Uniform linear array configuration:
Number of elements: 16
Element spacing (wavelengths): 0.25
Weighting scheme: cosine
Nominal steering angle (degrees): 15
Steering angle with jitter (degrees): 15.696
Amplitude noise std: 0.05
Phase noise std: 0.05

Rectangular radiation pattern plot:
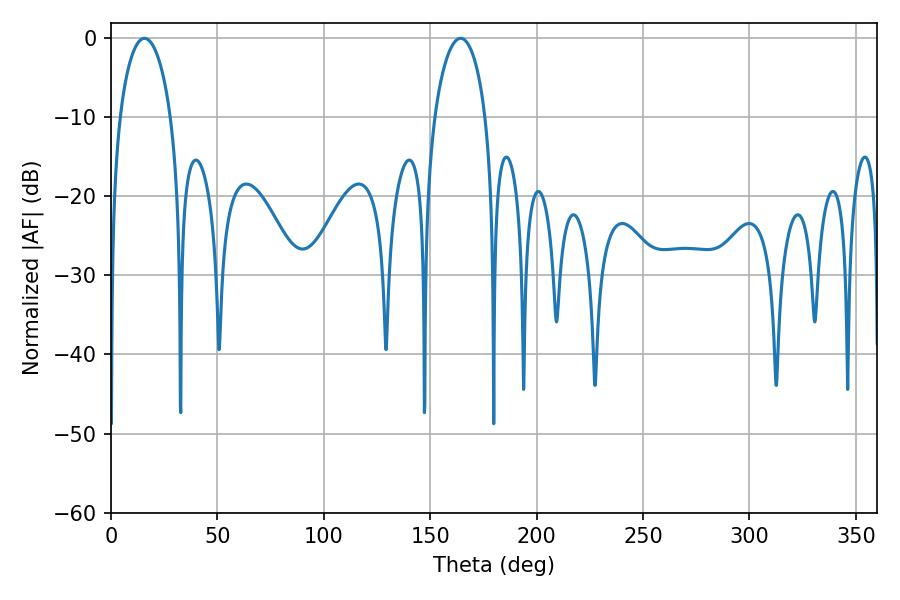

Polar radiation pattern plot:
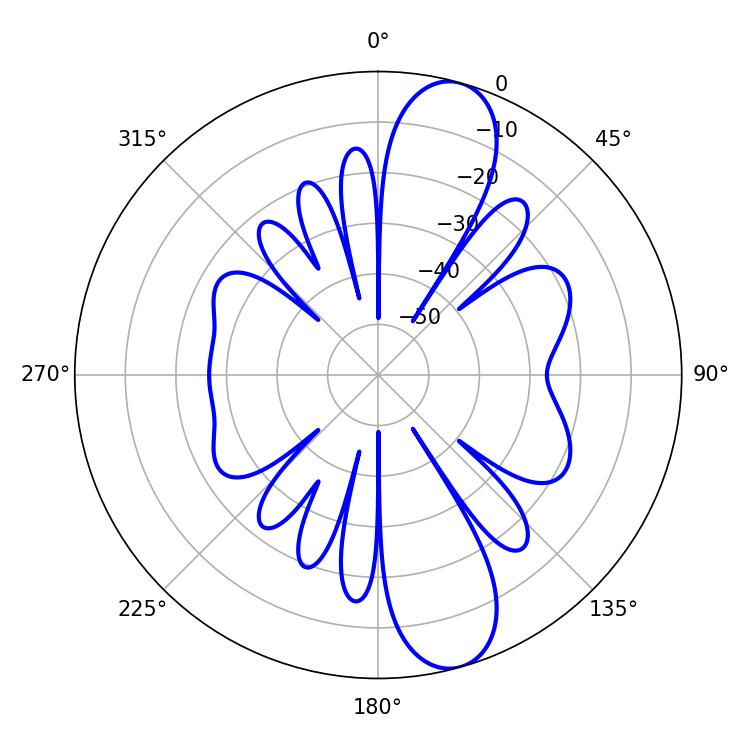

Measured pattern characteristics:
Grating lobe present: FALSE
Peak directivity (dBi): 11.422
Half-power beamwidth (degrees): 13.68
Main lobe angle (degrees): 15.66